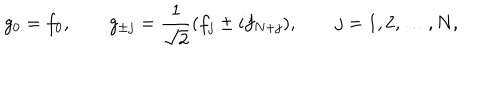
g _ { 0 } = f _ { 0 } , \qquad g _ { \pm j } = \frac { 1 } { \sqrt { 2 } } ( f _ { j } \pm i f _ { N + j } ) , \qquad j = 1 , 2 , \ldots , N ,